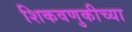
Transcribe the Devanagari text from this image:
शिकवणुकीच्‍या